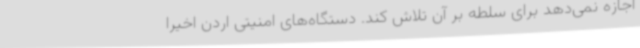
اجازه نمی‌دهد برای سلطه بر آن تلاش کند. دستگاه‌های امنیتی اردن اخیرا